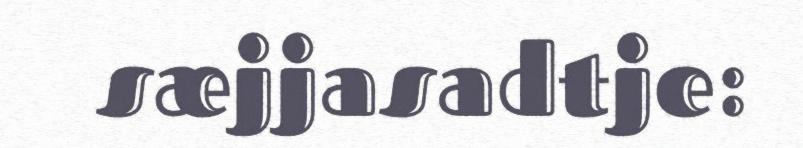
sæjjasadtje: